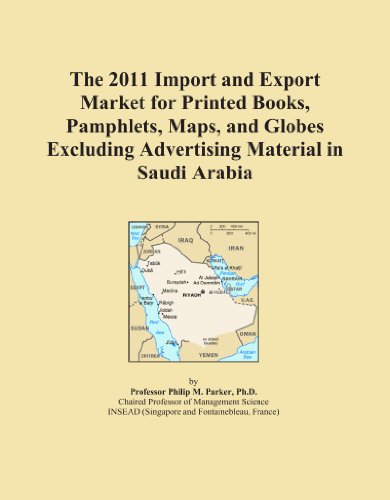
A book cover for The 2011 Import and Export Market for Printed Books, Pamphlets, Maps, and Globes Excluding Advertising Material in Saudi Arabia; Icon Group International; Travel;